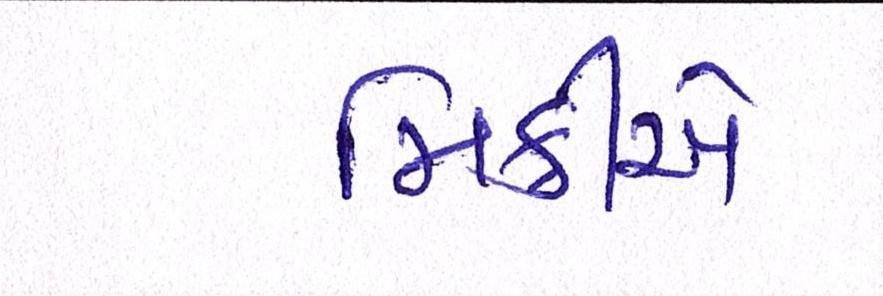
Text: મિક્રીએ